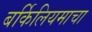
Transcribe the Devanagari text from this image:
बर्किलियमाचा